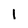
Character: 1